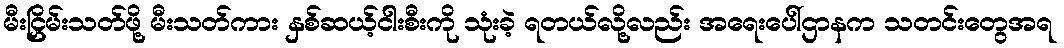
မီးငြှိမ်းသတ်ဖို့ မီးသတ်ကား နှစ်ဆယ့်ငါးစီးကို သုံးခဲ့ ရတယ်လို့လည်း အရေးပေါ်ဌာနက သတင်းတွေအရ